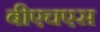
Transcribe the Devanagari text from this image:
बीएचएस